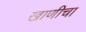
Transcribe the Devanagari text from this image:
खाणीचा